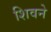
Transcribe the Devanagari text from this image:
शिवने